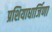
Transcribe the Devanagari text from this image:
प्रशियाधार्जिणा